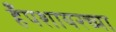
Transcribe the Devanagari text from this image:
हँपशायरच्या